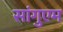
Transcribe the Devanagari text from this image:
सांगुएम